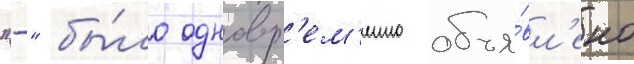
"-" бы́ло одновр'ем'енно объя́вл'ено